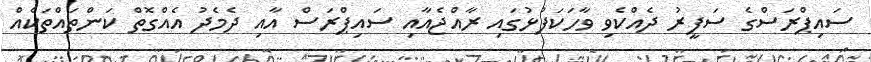
ސައިޕްރަސްގެ ސަފީރު ދެއްކެވި ވާހަކަފުޅުގައި ރާއްޖެއާއި ސައިޕްރަސް އާއި ދެމެދު އެއްގޮތް ކަންތައްތަކެއް